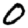
Digit: 0